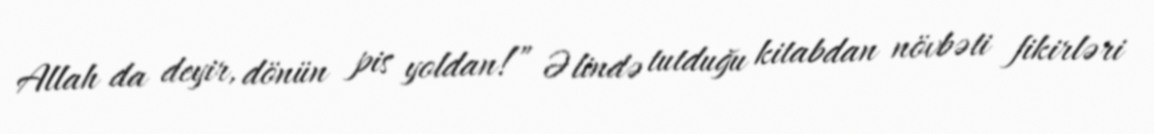
Allah da deyir, dönün pis yoldan!” Əlində tutduğu kitabdan növbəti fikirləri